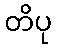
တိပု